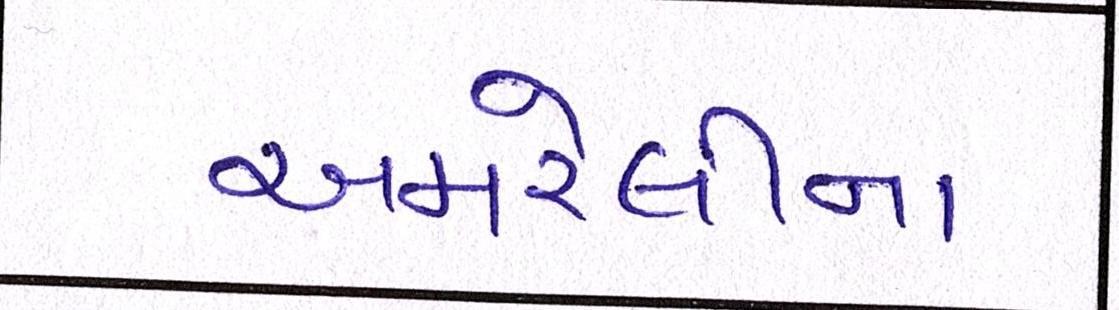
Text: અમરેલીના